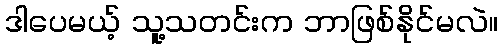
ဒါပေမယ့် သူ့သတင်းက ဘာဖြစ်နိုင်မလဲ။